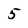
Character: 5